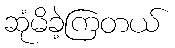
ဆုံမိခဲ့ကြတယ်